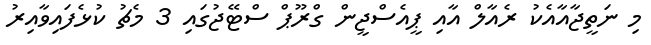
މި ނަތީޖާއާއެކު ރެއާލް އާއި ޕީއެސްޖީން ގްރޫޕް ސްޓޭޖުގައި 3 މެޗު ކުޅެފައިވާއިރު